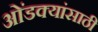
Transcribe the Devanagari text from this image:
ओंडक्यांसाठी